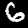
Digit: 6